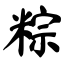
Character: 粽